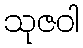
သုဇဝါ